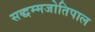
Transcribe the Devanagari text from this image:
सद्धम्मजोतिपाल